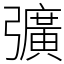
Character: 彍